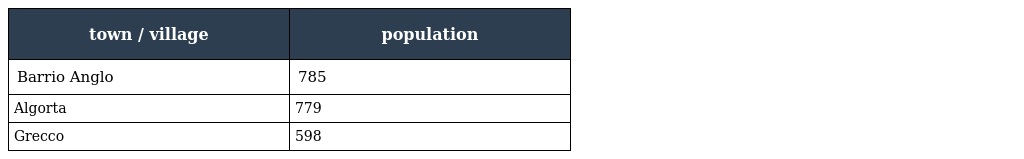
| town / village | population |
 | --- | --- |
 | Barrio Anglo | 785 |
 | Algorta | 779 |
 | Grecco | 598 |